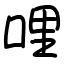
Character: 哩